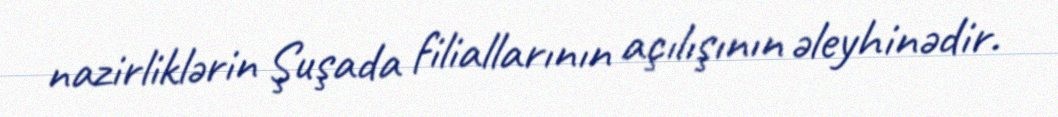
nazirliklərin Şuşada filiallarının açılışının əleyhinədir.